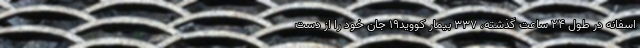
اسفانه در طول ۲۴ ساعت گذشته، ۳۳۷ بیمار کووید۱۹ جان خود را از دست